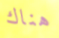
هناك